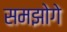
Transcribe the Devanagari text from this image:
समझोगे